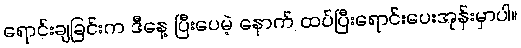
ရောင်းချခြင်းက ဒီနေ့ ပြီးပေမဲ့ နောက် ထပ်ပြီးရောင်းပေးအုန်းမှာပါ။